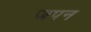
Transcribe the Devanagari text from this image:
जपन